Report on horse surra - Volume I
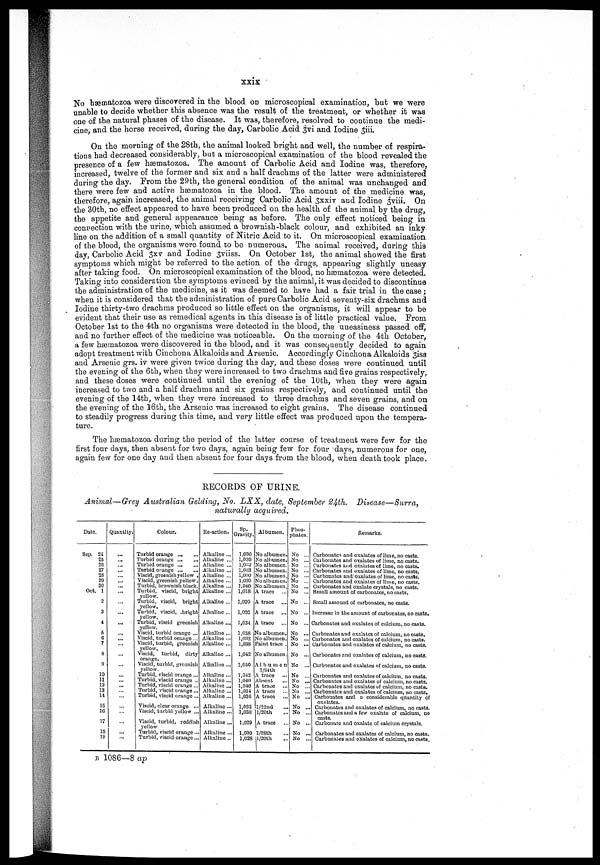
xxix
No hæmatozoa were discovered in the blood on microscopical examination, but we were
unable to decide whether this absence was the result of the treatment, or whether it was
one of the natural phases of the disease. It was, therefore, resolved to continue the medi-
cine, and the horse received, during the day, Carbolic Acid 3vi and Iodine 3iii.
On the morning of the 28th, the animal looked bright and well, the number of respira-
tions had decreased considerably, but a microscopical examination of the blood revealed the
presence of a few hæmatozoa. The amount of Carbolic Acid and Iodine was, therefore,
increased, twelve of the former and sis and a half drachms of the latter were administered
during the day. From the 29th, the general condition of the animal was unchanged and
there were few and active hæmatozoa in the blood. The amount of the medicine was,
therefore, again increased, the animal receiving Carbolic Acid 3xxiv and Iodine 3viii. On
the 30th, no effect appeared to have been produced on the health of the animal by the drug,
the appetite and general appearance being as before. The only effect noticed being in
connection with the urine, which assumed a brownish-black colour, and exhibited an inky
line on the addition of a small quantity of Nitric Acid to it. On microscopical examination
of the blood, the organisms were found to be numerous. The animal received, during this
day, Carbolic Acid 3xv and Iodine 3viiss. On October 1st, the animal showed the first
symptoms which might be referred to the action of the drugs, appearing slightly uneasy
after taking food. On microscopical examination of the blood, no hæmatozoa were detected.
Taking into consideration the symptoms evinced by the animal, it was decided to discontinue
the administration of the medicine, as it was deemed to have had a fair trial in the case;
when it is considered that the administration of pure Carbolic Acid seventy-six. drachms and
Iodine thirty-two drachms produced so little effect on the organisms, it will appear to be
evident that their use as remedical agents in this disease is of little practical value. From
October 1st to the 4th no organisms were detected in the blood, the uneasiness passed off,
and no further effect of the medicine was noticeable. On the morning of the 4th October,
a few hæmatozoa were discovered in the blood, and it was consequently decided to again
adopt treatment with Cinchona Alkaloids and Arsenic. Accordingly Cinchona Alkaloids 3iss
and Arsenic grs. iv were given twice during the day, and these doses were continued until
the evening of the 6th, when they were increased to two drachms and five grains respectively,
and these doses were continued until the evening of the 10th, when they were again
increased to two and a half drachms and six grains respectively, and continued until the
evening of the 14th, when they were increased to three drachms and seven grains, and on
the evening of the 16th, the Arsenic was increased to eight grains. The disease continued
to steadily progress during this time, and very little effect was produced upon the tempera-
ture.
The hæmatozoa during the period of the latter course of treatment were few for the
first four days, then absent for two days, again being few for four days, numerous for one,
again few for one day and then absent for four days from the blood, when death took place.
RECORDS OF URINE.
Animal—Grey Australian Gelding, No. LXX, date, September 24th.
Disease—Surra,
naturally acquired.
Date.
Sep, 24
25
2G
27
28
29
30
Oct. 1
2
3
4
5
6
7
8
9
10
11
13
13
14
15
16
17
18
19
Quantity.
...
...
...
...
...
Colour.
Turbid
orange
Turbid orange ...
Turbid orange
Turbid orange
Viscid, greenish yellow .
Viscid, greenish yellow.
Turbid, brownish black.
Turbid, viscid, bright
yellow.
Turbid, viscid, bright
yellow.
Turbid, viscid, bright
yellow.
Turbid, viscid greenish
yellow.
Viscid, turbid orange ...
Viscid, turbid orange ...
Viscid, turbid, greenish
yellow.
Viscid, turbid,
dirty
orange.
Viscid, turbid, greenish
yellow.
Turbid, viscid orange ...
Turbid, viscid orange ..
Turbid, viscid orange...
Turbid, viscid orange...
Turbid, viscid orange ...
Viscid, clear orange ...
Viscid, turbid yellow ...
Viscid, turbid, reddish
yellow
Turbid, viscid orange...
Turbid, viscid orange...
Re-action.
Alkaline ...
Alkaline ...
Alkaline ...
Alkaline ...
Alkaline ...
Alkaline ...
Alkaline ...
Alkaline ...
Alkaline ...
Alkaline ...
Alkaline ...
Alkaline ...
Alkaline...
Alkaline ...
Alkaline ...
Alkaline ...
Alkaline ...
Alkaline ...
Alkaline ...
Alkaline ...
Alkaline ...
Alkaline ...
Alkaline ...
Alkaline ...
Alkaline ...
Alkaline ..
Sp.
Gravity.
1,030
1,030
1,032
1,0:33
1,030
1,030
1,040
1,018
1,020
1,026
1,034
1.038
1,032
1,038
1,012
1,050
1,042
1,040
1,040
1,031
1,030
1,032
1,038
1,029
1,030
1,028
Albumen.
No albumen.
No albumen.
No albumen.
No albumen.
No albumen.
No albumen.
No albumen.
A trace
A trace
A trace
A trace
No albumen.
No albumen.
Faint trace .
No albumen.
A1bumen
l/34th
A trace
Absent
A trace
A trace
A trace
...
l/22nd
l/20th
A trace
..
l/28th
1/20th
Phos-
phates.
No ...
No ...
No ...
No ...
No ...
No ...
No ...
No ...
No ...
No ...
No ...
No ...
No ...
No ...
No ...
No ...
No ...
No ...
No ...
No ...
No ...
No ...
No ..
No ..
No ..
No ..
Remarks.
Carbonates and oxalates of lime, no casts.
Caibonates and oxalates of lime, no casts.
Carbonates and oxalates of lime, no casts.
Carbonates and oxalates of lime, no casts.
Carbonates and oxalates of lime, no casts.
Carbonates and oxalates of lime, no casts,
Carbonates and oxalate crystals, no casts.
Small amount of carbonates, no casts.
Small amount of carbonates, no casts.
Increase in the amount of carbonates, no casts.
Carbonates and oxalates of calcium, no casts.
Carbonates and oxalates of calcium, no casts.
Carbonates and oxalates of calcium, no casts.
Carbonates and oxalates of calcium, no casts.
Carbonates and oxalates of calcium, no casts.
Carbonates and oxalates of calcium, no casts.
Carbonates and oxalates of calcium, no casts.
Carbonates and oxalates of calcium, no casts.
Carbonates and oxalates of calcium, no casta.
Carbonates and oxalates of calcium, no casts.
Carbonates and a considerable quantity of
oxalates.
Carbonates and oxalates of calcium, no casts.
Carbonates and a few oxalate of calcium, no
casts.
Carbonate and oxalate of calcium crystals.
Carbonates and oxalates of calcium, no casts.
Carbonates and oxalates of calcium, no casts.
B 1086—8 ap